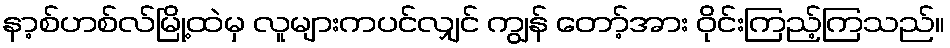
နာ့စ်ဟစ်လ်မြို့ထဲမှ လူများကပင်လျှင် ကျွန် တော့်အား ဝိုင်းကြည့်ကြသည်။